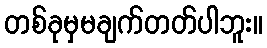
တစ်ခုမှမချက်တတ်ပါဘူး။